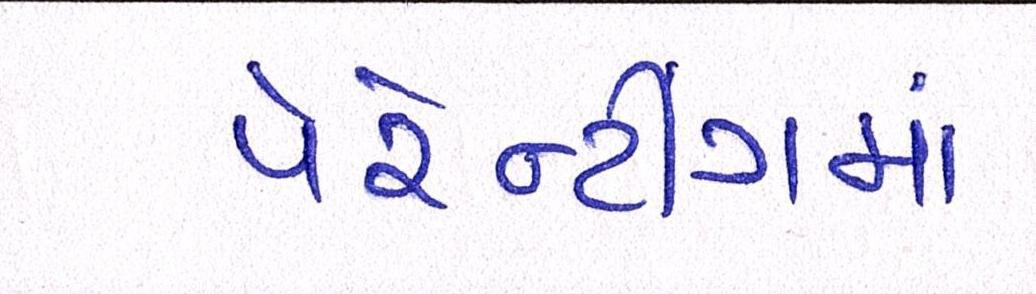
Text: પેરેન્ટીંગમાં